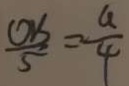
\frac { O S } { 5 } = \frac { a } { 4 }